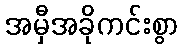
အမှီအခိုကင်းစွာ